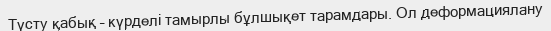
Түсту қабық – күрделі тамырлы бұлшықет тарамдары. Ол деформациялану